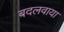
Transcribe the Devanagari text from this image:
बदलवाया